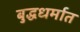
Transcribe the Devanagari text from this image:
बुद्धधर्मात